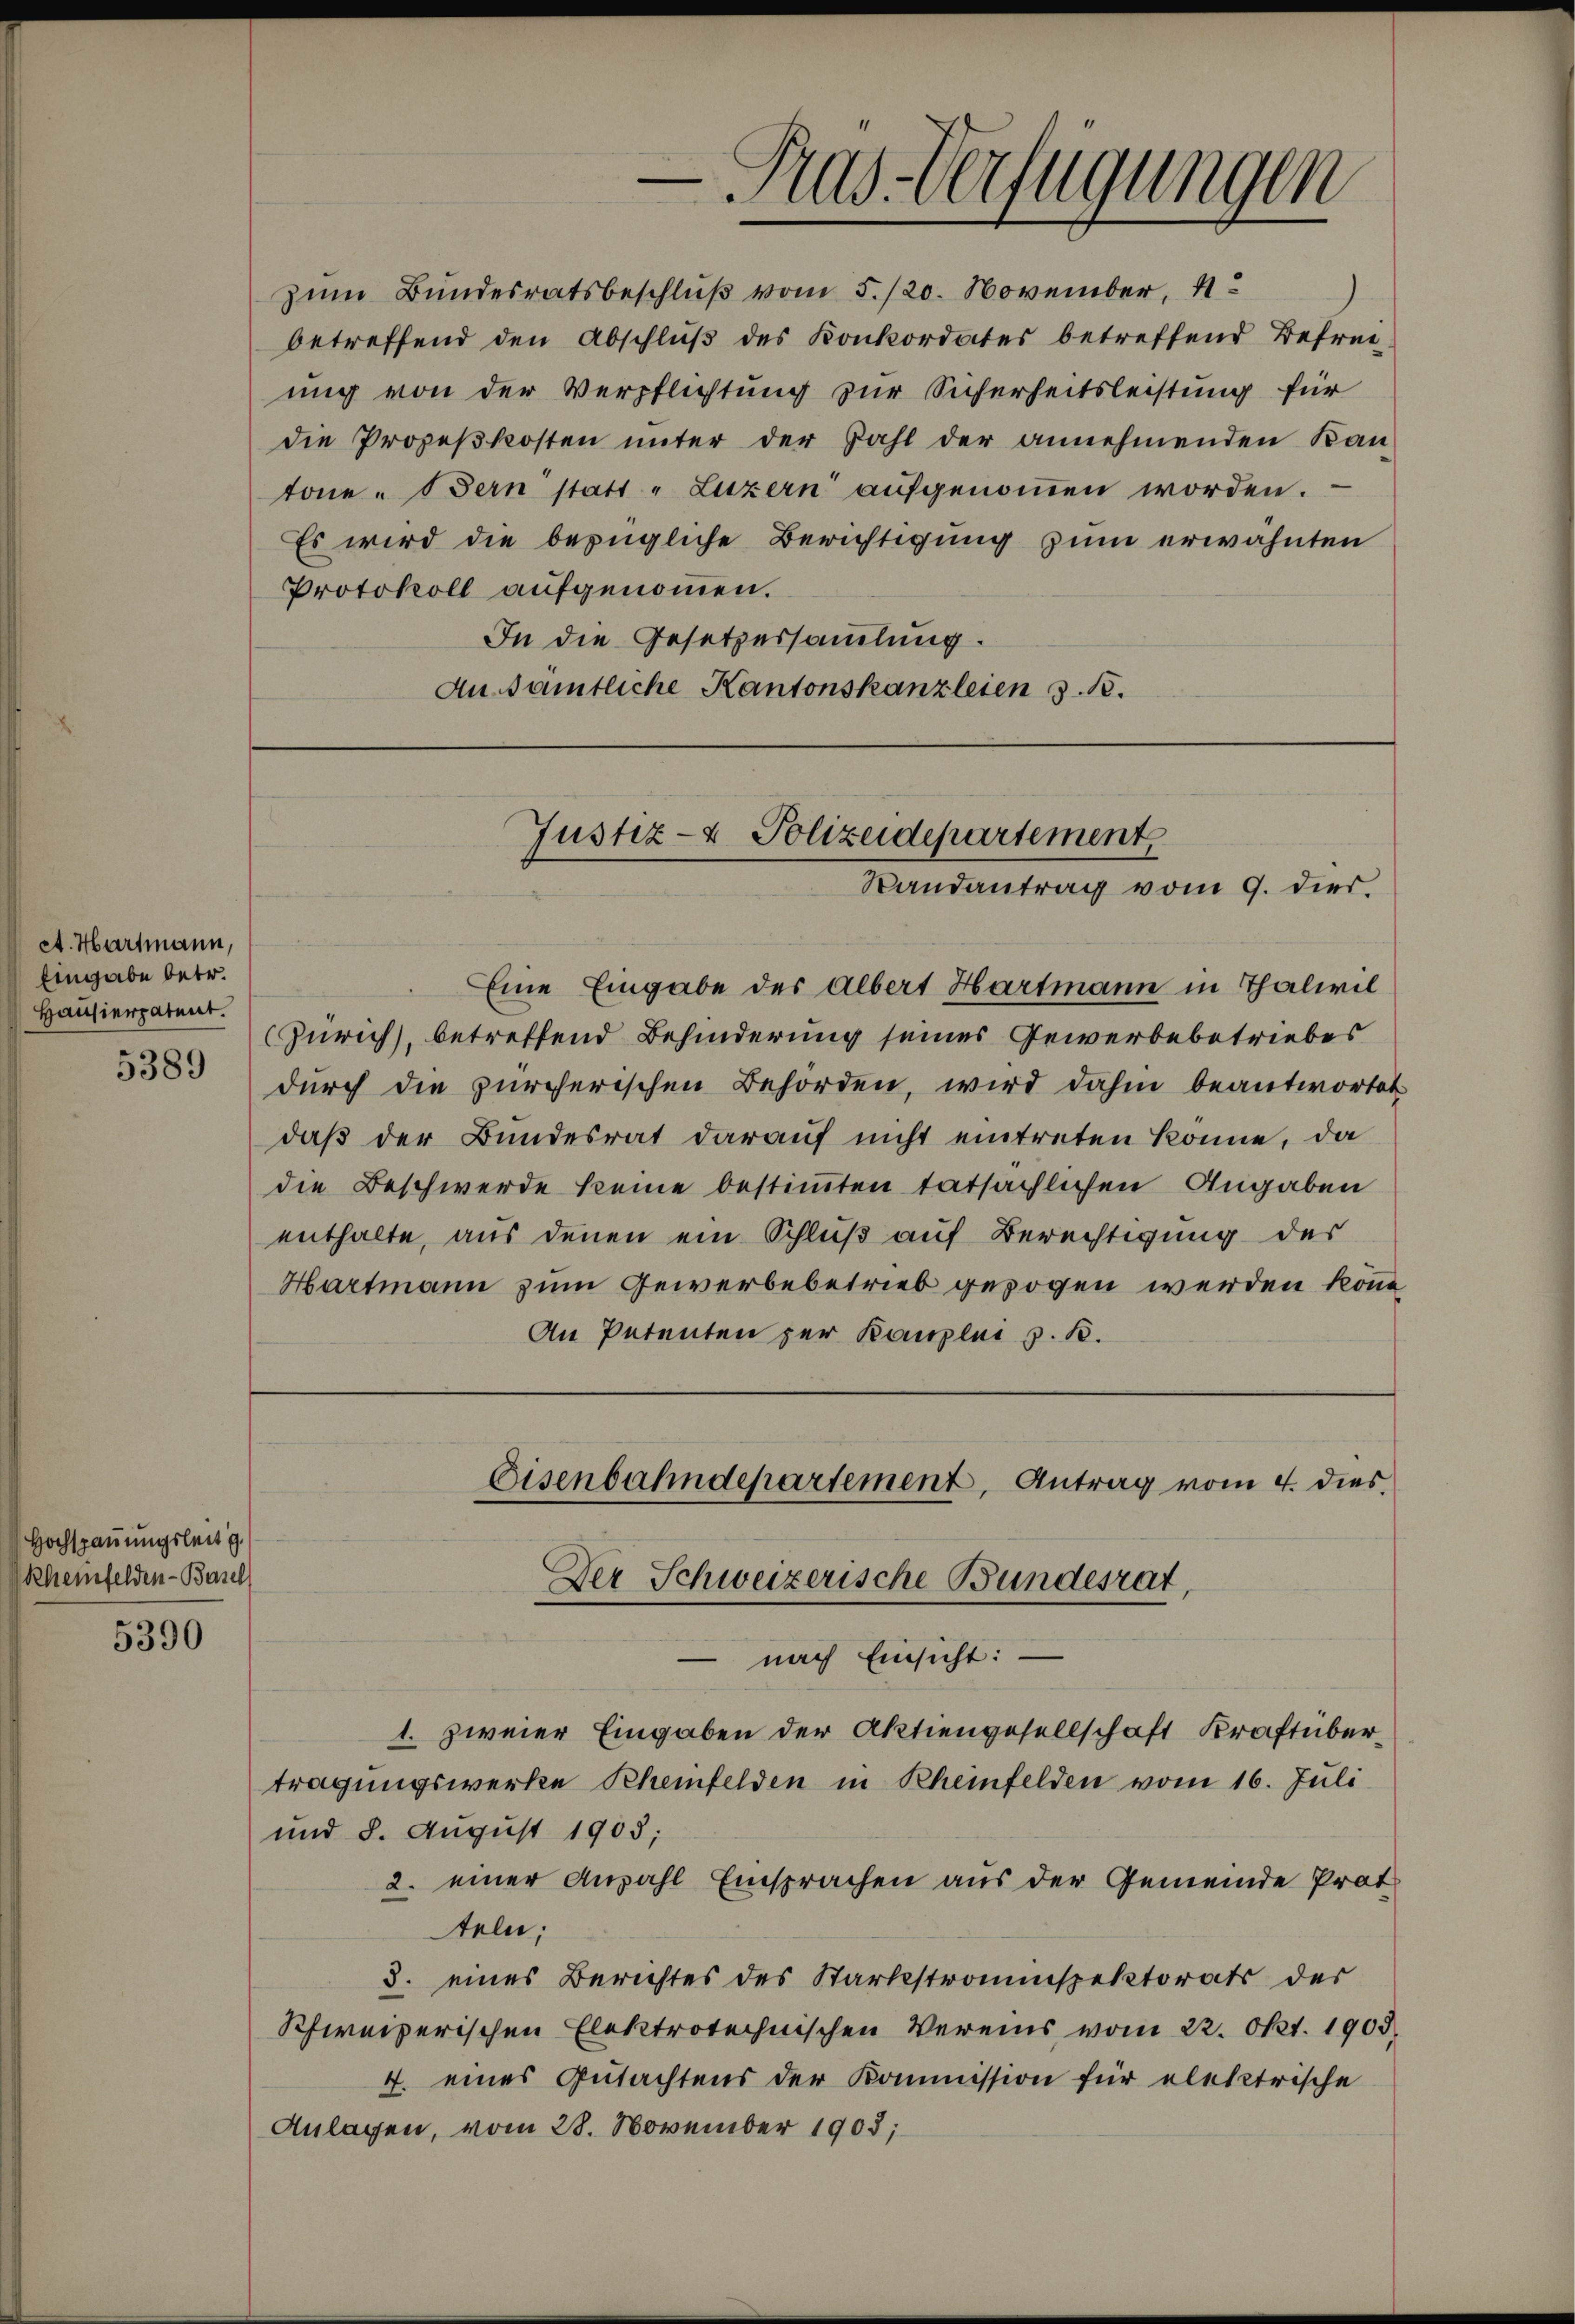
ct. Hartmann,
Eingabe betr.
Hausierpatent.

5389

Hochspauungsleit g
Rhemfelden-Basel

5390

zum Bundesratsbeschluß vom 5./20. November, 4
betreffend den Abschlŭβ des Konkordates betreffend Befreiung von der Verpflichtung zur Sicherheitsleistung für
die Prozeßkosten unter der Zahl der annehmenden Kan-
tone. Bern statt „Luzern aufgenoṁen worden.
Es wird die bezügliche Berichtigung zum erwähnten
Protokoll aufgenommen.
In die Gesetzessammlung.
An sämtliche Kantonskanzleien 31.

Justiz- & Polizeidepartement,
Randantrag vom 9. dies

Eine Eingabe des Albert Hartmann in Thalwil
Zürich, betreffend Behinderung seines Gewerbebetriebes
durch die zürcherischen Behörden, wird dahin beantwortet
daß der Bundesrat darauf nicht eintreten könne, da
die Beschwerde keine bestimmten tatsächlichen Angaben
enthalte, aus denen ein Schluß auf Berechtigung der
Hartmann zum Gewerbebetrieb gezogen werden könne,
An Petenten per Kanzlei z. B.

Eisenbahndepartement, Antrag vom 4. dies
Der Schweizerische Bundesrat,

2
Pras-Verfügungen

nach Einsicht:
1. zweier Eingaben der Aktiengesellschaft Kraft übertragungswerke Scheinfelden in Rheinfelden vom 16. Juli
und 8. August 1905;
2. einer Anzahl Einsprachen aus der Gemeinde Prot
teln;
3. eines Berichtes des Starkstromspektorats der
Schweizerischen Elektrotechnischen Vereins vom 22. Okt. 1905.
4. eines Gutachtens der Kommission für elektrische
Anlagen, vom 28. November 1903;